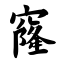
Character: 窿